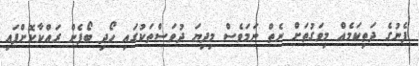
ފެނުގެ ދަތިކަމެއް މިވަގުތަށް ނެތް ނަމަވެސް މިދިޔަ ދުވަސްތަކުގައި ހޯދި ބޯފެން ރައްކާކޮށްފައި